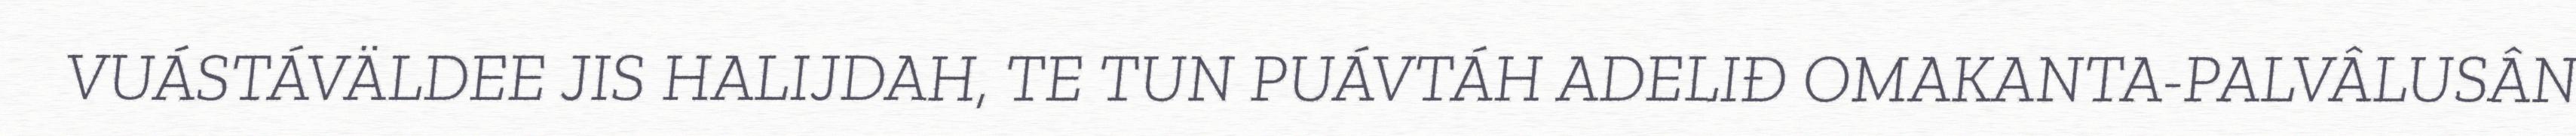
VUÁSTÁVÄLDEE JIS HALIJDAH, TE TUN PUÁVTÁH ADELIĐ OMAKANTA-PALVÂLUSÂN